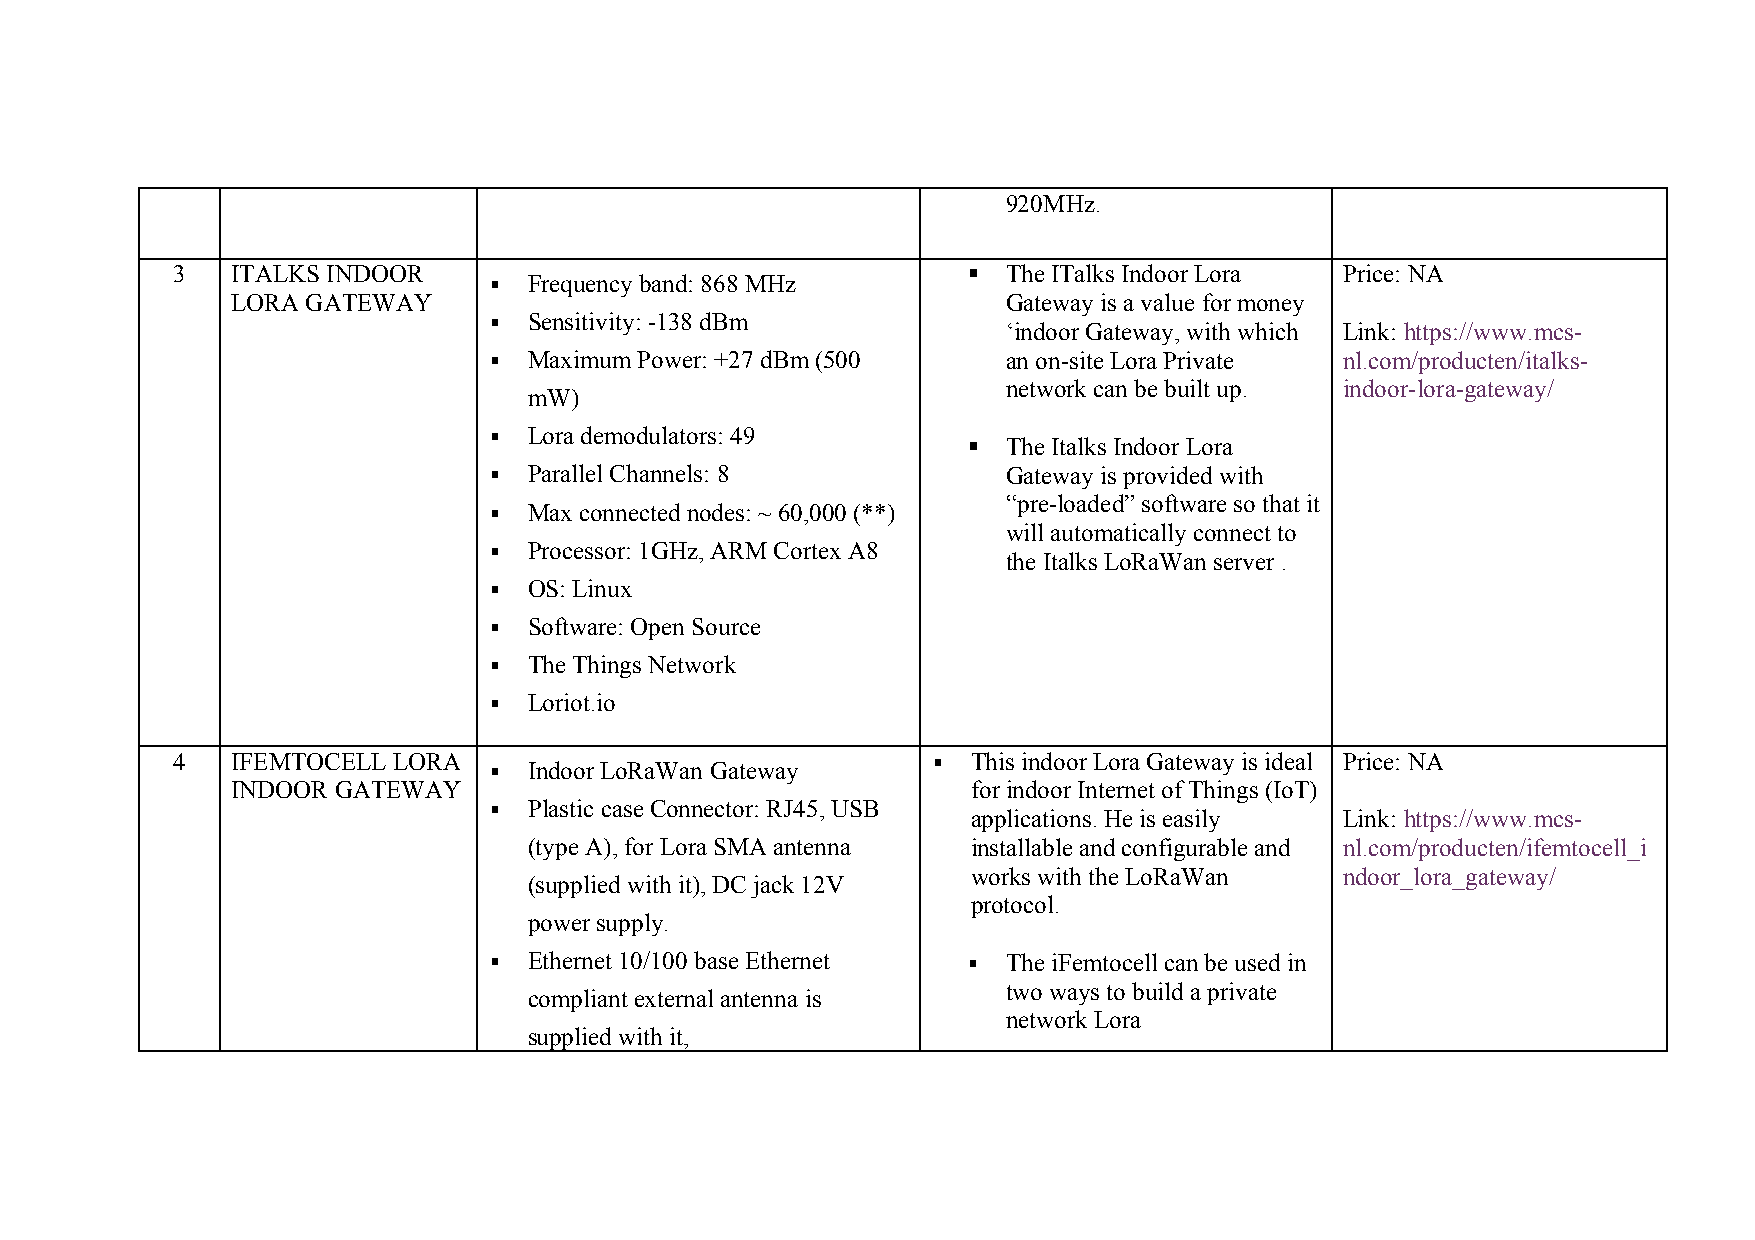
920MHz.
 3   ITALKS INDOOR                                      The ITalks Indoor Lora Price: NA
   Frequency band: 868 MHz
 LORA GATEWAY                                        Gateway is a value for money
   Sensitivity: -138 dBm           ‘indoor Gateway, with which Link: https://www.mcs-
   Maximum Power: +27 dBm (500     an on-site Lora Private nl.com/producten/italks-
 network can be built up. indoor-lora-gateway/
 mW)
   Lora demodulators: 49
   The Italks Indoor Lora
   Parallel Channels: 8            Gateway is provided with
 “pre-loaded” software so that it
   Max connected nodes: ~ 60,000 (**)
 will automatically connect to
   Processor: 1GHz, ARM Cortex A8
 the Italks LoRaWan server .
   OS: Linux
   Software: Open Source
   The Things Network
   Loriot.io
 4   IFEMTOCELL LORA    Indoor LoRaWan Gateway      This indoor Lora Gateway is ideal Price: NA
 INDOOR GATEWAY                                   for indoor Internet of Things (IoT)
   Plastic case Connector: RJ45, USB
 applications. He is easily Link: https://www.mcs-
 (type A), for Lora SMA antenna installable and configurable and nl.com/producten/ifemtocell_i
 works with the LoRaWan   ndoor_lora_gateway/
 (supplied with it), DC jack 12V
 protocol.
 power supply.
   Ethernet 10/100 base Ethernet  The iFemtocell can be used in
 two ways to build a private
 compliant external antenna is
 network Lora
 supplied with it,